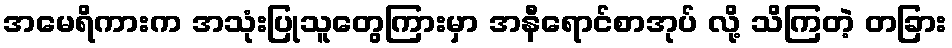
အမေရိကားက အသုံးပြုသူတွေကြားမှာ အနီရောင်စာအုပ် လို့ သိကြတဲ့ တခြား